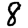
Digit: 8